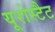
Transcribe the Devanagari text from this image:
यूरोस्टैट